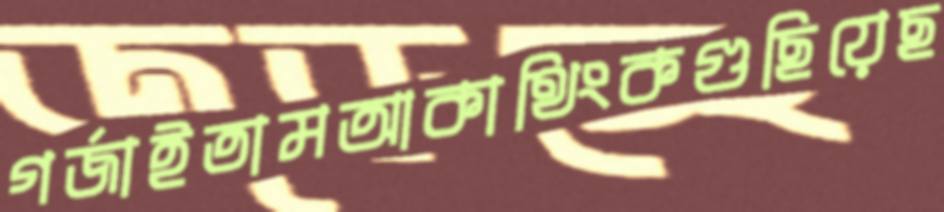
গর্‌জাইতামআকাথিংকগুছিয়েছ